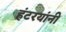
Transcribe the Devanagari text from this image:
हंटरयांनी